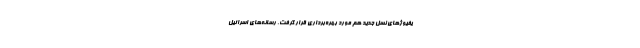
یفیوژهای نسل جدید هم مورد بهره‌برداری قرار گرفت. رسانه‌های اسرائیل